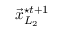
\vec { x } _ { L _ { 2 } } ^ { \star t + 1 }